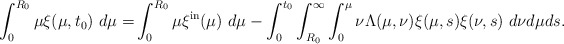
\begin{align*}\int_{0}^{R_{0}}\mu\xi(\mu,t_{0})\ d\mu=&\int_{0}^{R_{0}}\mu\xi^{\mathrm{in}}(\mu)\ d\mu-\int_{0}^{t_{0}}\int_{R_{0}}^{\infty}\int_{0}^{\mu}\nu\Lambda(\mu,\nu)\xi(\mu,s)\xi(\nu,s)\ d\nu d\mu ds.\end{align*}